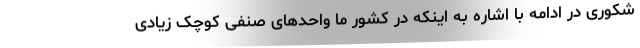
شکوری در ادامه با اشاره به اینکه در کشور ما واحدهای صنفی کوچک زیادی